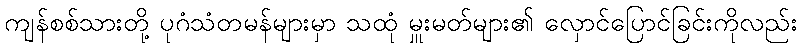
ကျန်စစ်သားတို့ ပုဂံသံတမန်များမှာ သထုံ မှူးမတ်များ၏ လှောင်ပြောင်ခြင်းကိုလည်း